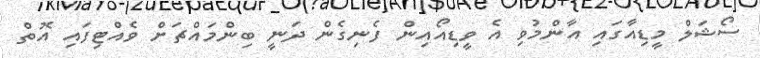
ސޯޝަލް މީޑިއާގައި އާންމުވި އެ ވީޑިއޯއިން ފެނިގެން ދަނީ ބިންމައްޗަށް ވެއްޓިފައި އޮތް